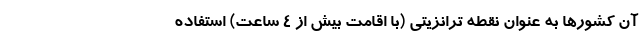
آن کشورها به عنوان نقطه ترانزیتی (با اقامت بیش از 4 ساعت) استفاده